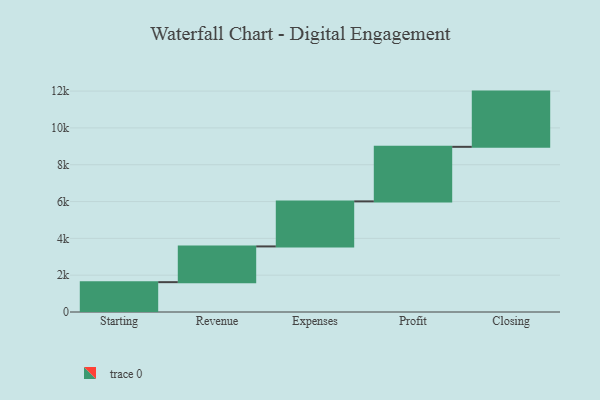
{"axis": {"x": "Step", "y": "Value"}, "legend": [""], "data": [{"x": "Starting", "y": 1621.0, "type": ""}, {"x": "Revenue", "y": 1941.0, "type": ""}, {"x": "Expenses", "y": 2447.0, "type": ""}, {"x": "Profit", "y": 2963.0, "type": ""}, {"x": "Closing", "y": 3000, "type": ""}]}